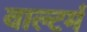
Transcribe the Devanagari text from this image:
वाल्टर्म